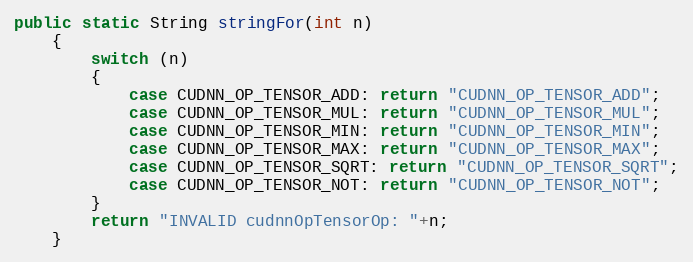
Language: Java
public static String stringFor(int n)
    {
        switch (n)
        {
            case CUDNN_OP_TENSOR_ADD: return "CUDNN_OP_TENSOR_ADD";
            case CUDNN_OP_TENSOR_MUL: return "CUDNN_OP_TENSOR_MUL";
            case CUDNN_OP_TENSOR_MIN: return "CUDNN_OP_TENSOR_MIN";
            case CUDNN_OP_TENSOR_MAX: return "CUDNN_OP_TENSOR_MAX";
            case CUDNN_OP_TENSOR_SQRT: return "CUDNN_OP_TENSOR_SQRT";
            case CUDNN_OP_TENSOR_NOT: return "CUDNN_OP_TENSOR_NOT";
        }
        return "INVALID cudnnOpTensorOp: "+n;
    }